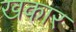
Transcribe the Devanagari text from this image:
खकार